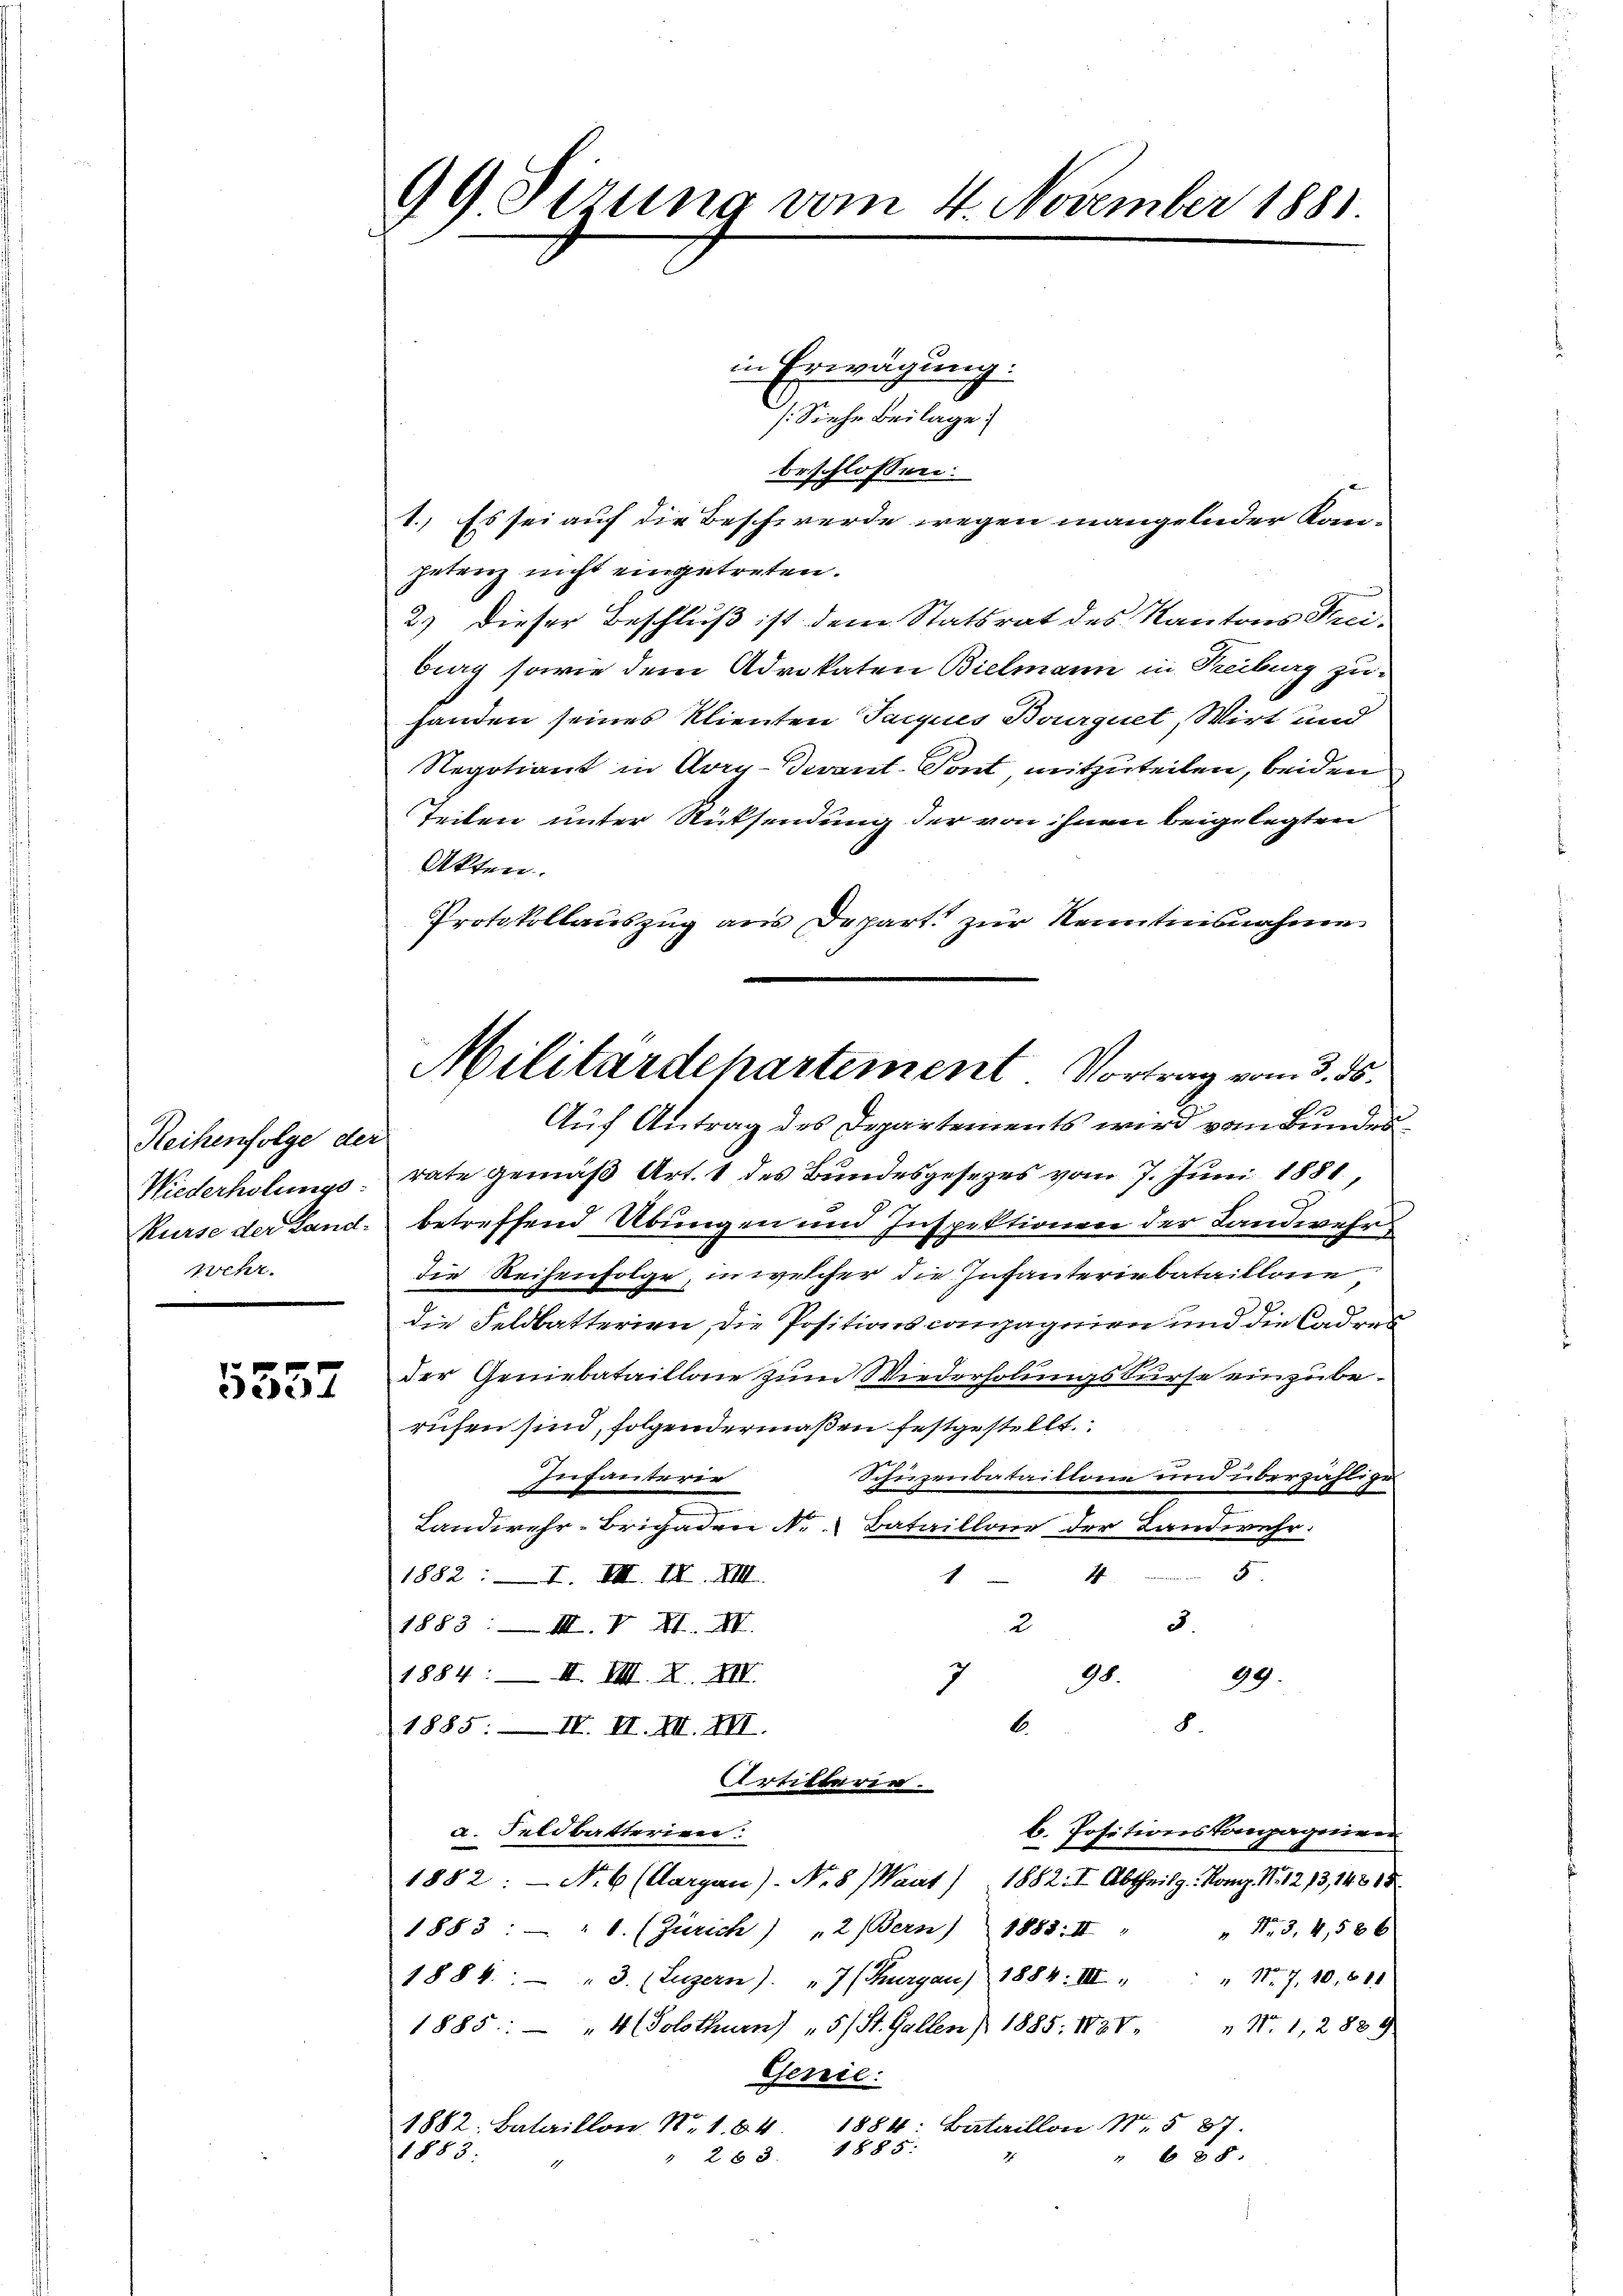
Reihenfolge der
Wiederholungs-
wehr.

5557

99. Sizung vom 4. November 1881.

in Erwägung.
/. Siehe Beilage)
beschlossen:
1.) Es sei auf die Beschwerde wegen mangelnder Kompetenz nicht eingetreten.
2.) Dieser Beschluß ist dem Statsrat des Kantons Treibrag sowie dem Advokaten Bielmann in Treiburg zuhanden seines Klienten Jacques Bourquet, Wirt und
Regotion in Aory-Sevant-Tont, mitzuteilen, beiden
Teilen unter Rücksendung der von ihnen beigelegten
Akten.
Protokollauszug aus Depart zur Kenntnisnahme
Auf Antrag des Departements wird vom Bundesrate gemäß Art. 1 des Bundesgesezes vom 7. Juni 1881,
Kurse der Land. betreffend Übungen und Inspektionen der Landwehn
die Reihenfolge, in welcher die Infanteriebataillone,
2.
die Feldbatterien, die Positionscompagnien und die Cadres
der Geniebataillone zum Wiederholungskurse einzuberichen sind, folgendermaßen festgestellt.
Schüzenbataillone und überzählige
Infanterir
Landwehr-Brigaden N. Bataillone der Landwehr.
5.
1
1882: I. III. IV. VIII.
4
2
3
1883. III. V XI. XV.
98.
1884. II. VII. L. XIV.
3
99.
8.
.
1885. — IV. II. II. III.
Artillerin.
b. Positionskompagnien
a. Feldbatterier
1882: No 6 (Aargau). Nr. 8 (Waat) 1882. I Abtheilg. Komp. N. 1213, 14815
1883 : " 1. (Zürich) " 2 (Bern) 1888. II " " 1.3.4.586
" Nr. 7. 10. 681
1884. " 3. (Luzern). " 7 (Thurgau) 1884. III.
1885 " 4 (Solothurn "5/ St. Gallen) 1885. IV. " N. 1, 2839.
Genie:
1882: Bataillon Nr. 1. 84 1884: Bataillon No. 587.
263. 1885.
1883.
" 685.

Militärdepartement Vortrag vom 3. ds.